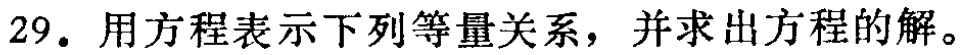
29. 用方程表示下列等量关系，并求出方程的解。